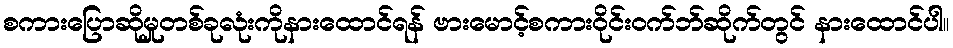
စကားပြောဆိုမှုတစ်ခုလုံးကိုနားထောင်ရန် ဗားမောင့်စကားဝိုင်းဝက်ဘ်ဆိုက်တွင် နားထောင်ပါ။